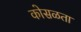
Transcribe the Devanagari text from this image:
कोसळता